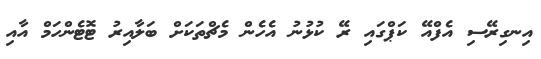
އިނގިރޭސި އެފްއޭ ކަޕްގައި ރޭ ކުޅުނު އެހެން މެޗްތަކަށް ބަލާއިރު ޓޮޓެންހަމް އާއި